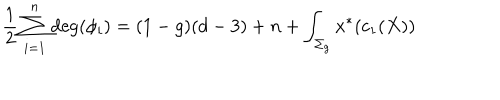
LaTeX: { \frac { 1 } { 2 } } \sum _ { i = 1 } ^ { n } \mathrm { d e g } ( \phi _ { i } ) = ( 1 - g ) ( d - 3 ) + n + \int _ { \Sigma _ { g } } x ^ { * } ( c _ { 1 } ( X ) )